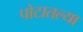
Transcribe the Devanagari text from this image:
पोटातल्या